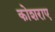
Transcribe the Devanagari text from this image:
कोशराए